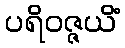
ပရိဝဇ္ဇယိံ